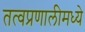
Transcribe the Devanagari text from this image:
तत्वप्रणालीमध्ये